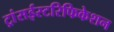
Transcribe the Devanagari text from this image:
ट्रांसईस्टरिफिकेशन